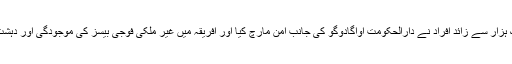
مسجد پر حملے کے بعد ایک ہزار سے زائد افراد نے دارالحکومت اواگادوگو کی جانب امن مارچ کیا اور افریقہ میں غیر ملکی فوجی بیسز کی موجودگی اور دہشت کے خلاف احتجاج کیا ہے۔